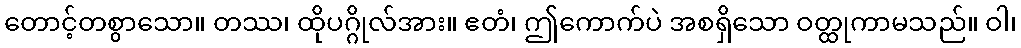
တောင့်တစွာသော။ တဿ၊ ထိုပဂ္ဂိုလ်အား။ ဧတံ၊ ဤကောက်ပဲ အစရှိသော ဝတ္ထုကာမသည်။ ဝါ၊